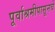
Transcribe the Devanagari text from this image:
पूर्वाश्रमीपासूनचे